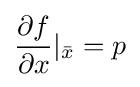
{\frac {\partial f}{\partial x}}|_{\bar {x}}=p